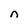
Character: n